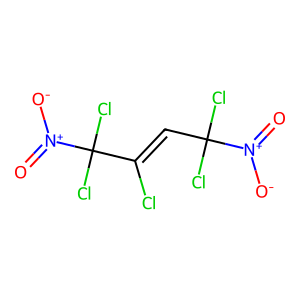
SMILES: O=[N+]([O-])C(Cl)(Cl)C=C(Cl)C(Cl)(Cl)[N+](=O)[O-]
Inhibits HIV replication: No